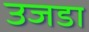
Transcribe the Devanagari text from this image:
उजडा